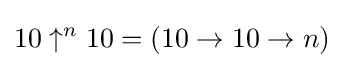
10\uparrow ^{n}10=(10\to 10\to n)